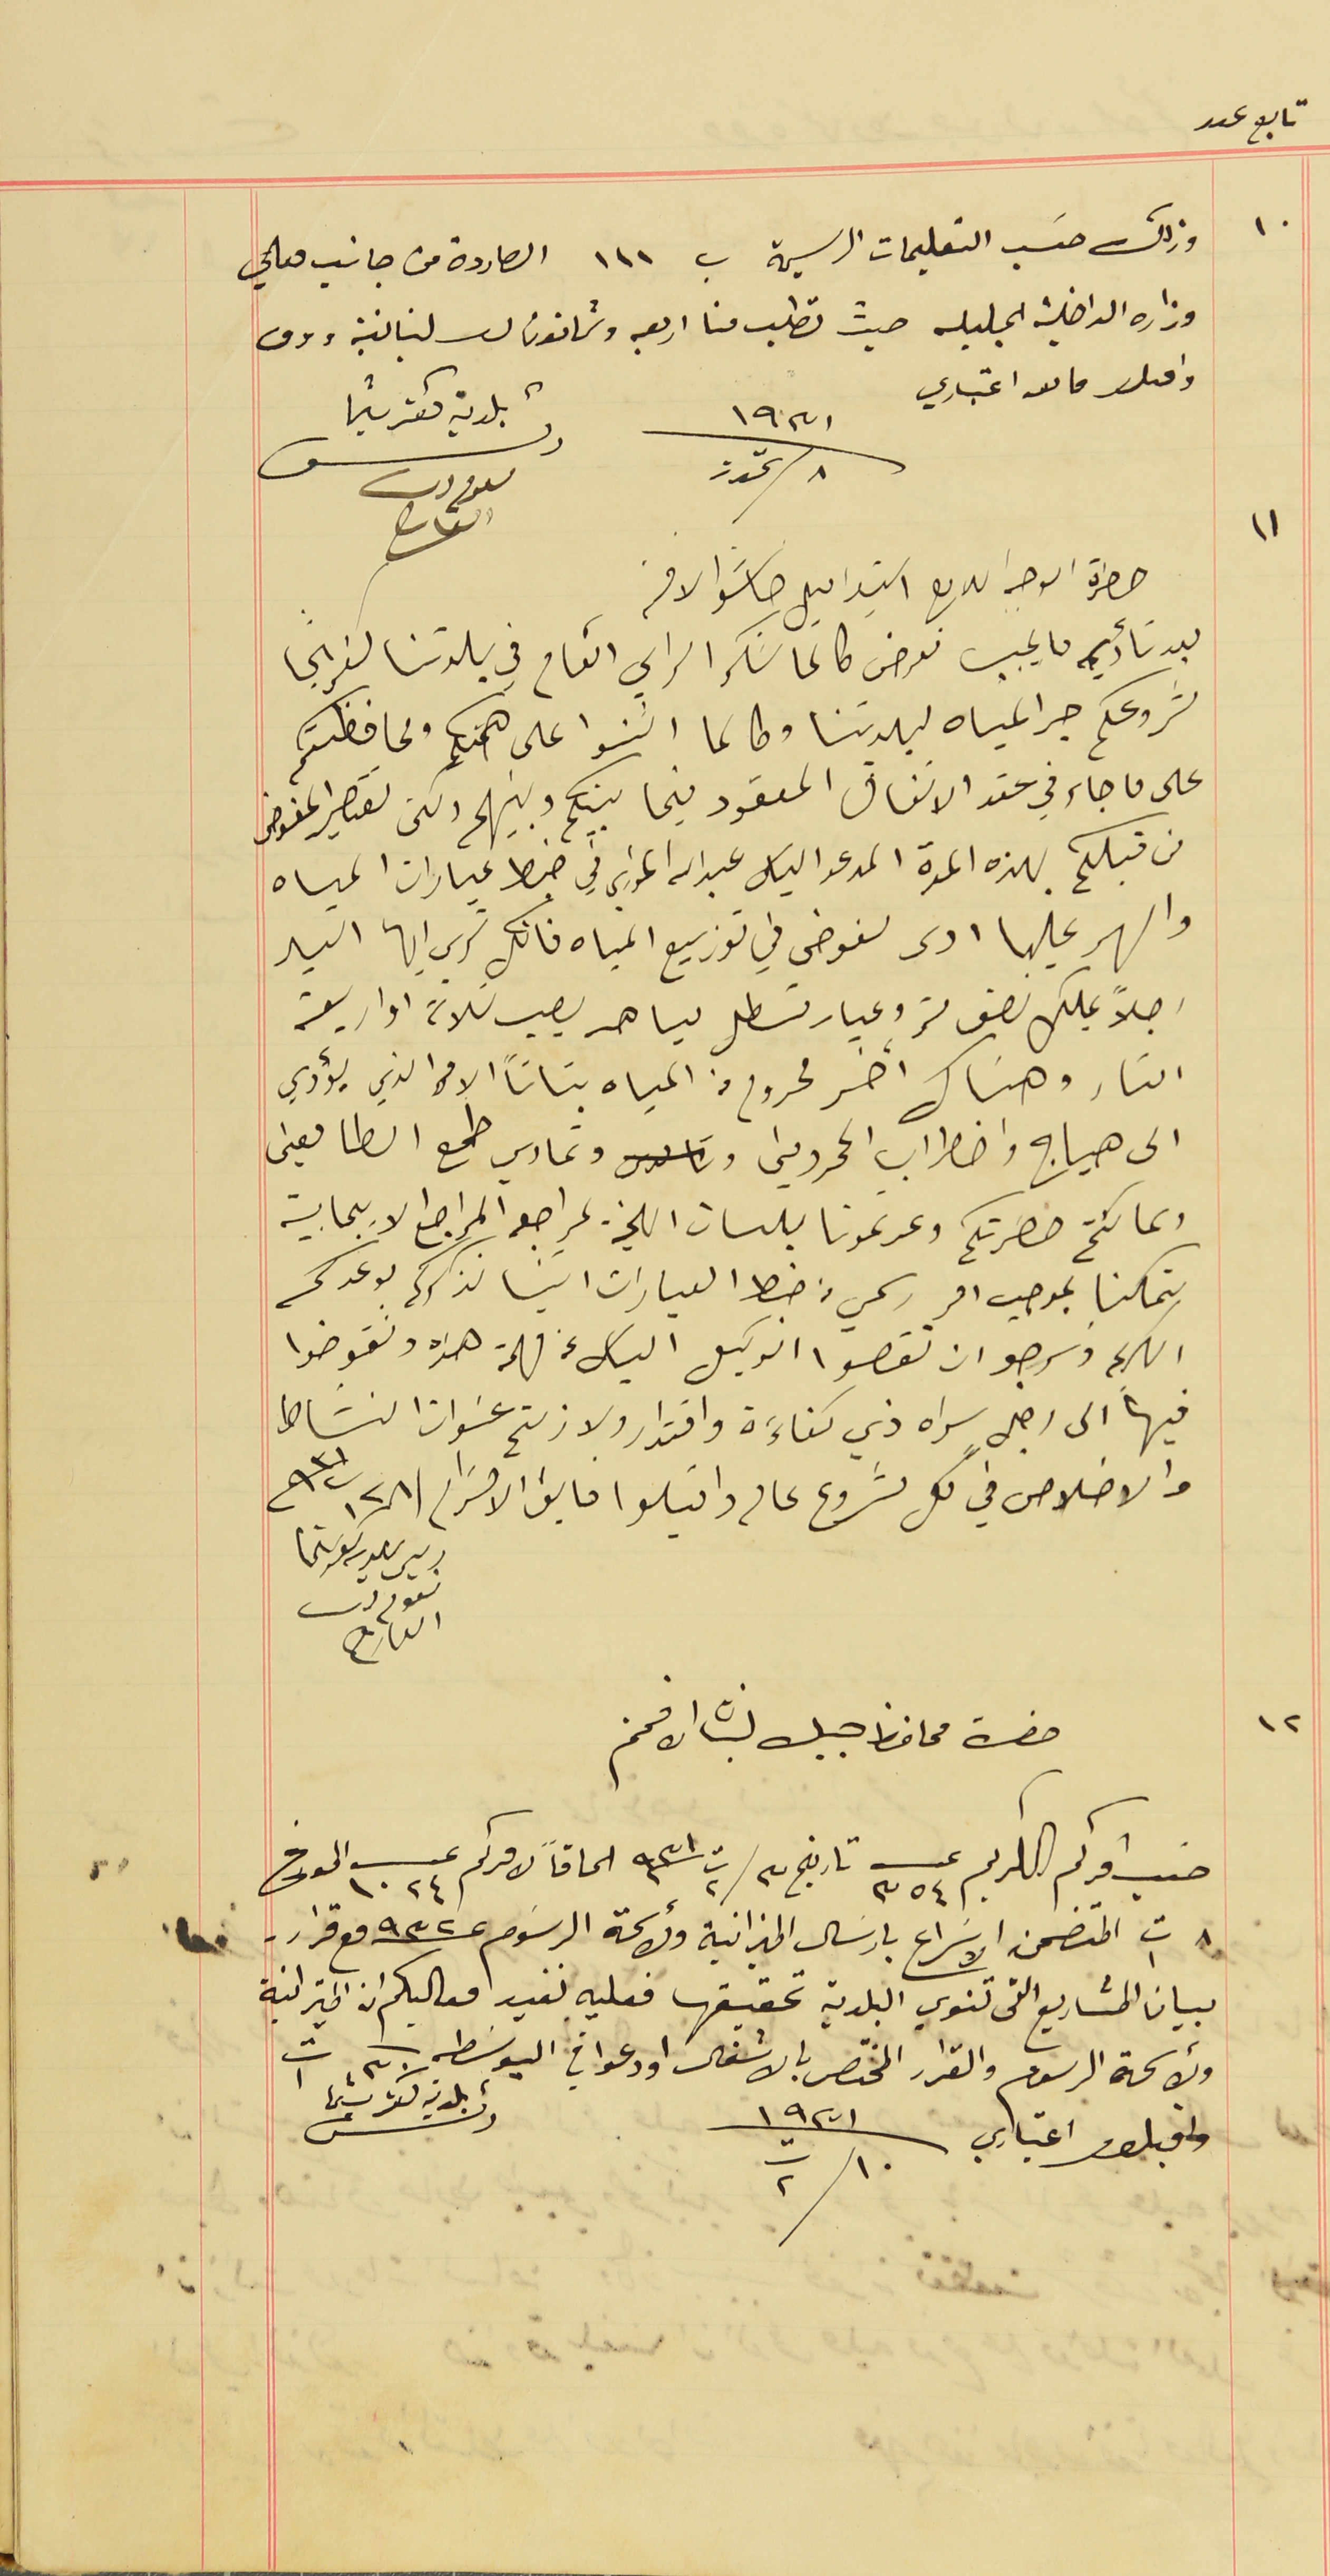
تابع عدد
١٠ وذلك حسَب التعليمات الرسمية ب ١١١ الصادرة من جانب معالي
وزاره الداخلية الجليله حيث تطلب منا اربعه وثمانون لىر لبنانية ورق
واقبلو فاىق اعتباري
٨ تموز   سنة ٩٣١
بلدية كفرشيما رئىس ىعوم دىب القارح
١١
حضرة الوجه اللامع السَيد اميل خاشو الافخم
بعد تأدية ما يجب نعرض طالما شكر الراي العام في بلدتنا كفرشيما
مشروعكم جر المياه لبلدتنا وطالما اثنوا على همتكم ومحافظتكم
على ما جاء في عقد الاتفاق المعقود فيما بينكم وبينهم ولكن تقصير المفوض
من قبلكم بهذه المدة المدعو الياس عبدالله الخوري في ضبط عيارات المياه
والسهر عليها ادى لفوضى في توزيع المياه فانك ترى ايها السيد
رجلاً يملك نصف متر وعيار قسطل مياهه يصير ثلاثة او اربعة
امتار وهناك آخر محروم من المياه بتاتاً الامر الذي يؤدي
الى هياج واضطراب المحرومين وتمادي طمع الطامعين
ولما كنتم حضرتكم وعدتمونا بلسان اللجنة بمراجعه المراجع الايجابية
تمكنا بموجب امر رسمي من ضبط العيارات اتينا نذكركم بوعدكم
الكريم ونرجو ان تقصوا الوكيل الياس عن مهمته هذه وتفوضوا
فيها الى رجل سواه ذي كفاءَة واقتدار ولا زلتم عنوان النشاط
والاخلاص في كل مشروع عالى واقبلوا فايق الاحترام فى ٢٨ اب سنة ٩٣١
ريس ىلديه كفرشيما نعوم دىب العارح
حضرة محافظ جبل لبنان الافخم
حسب امركم الكريم عـ ٣٥٤ تاريخ ٣/ ت٢ سنة ٩٣١ الحاقاً لامركم عد ١٠٢٤ المورخ
٨ ت١ المتضمن الاسَراع بارسَال الميزانية ولائحة الرسَوم عـ ٩٣٢ مع قرار
بيان المشاريع التى تنوي البلدية تحقيقها فعليه نفيد معاليكم ان الميزانية
ولائحة الرسوم والقرار المختص بالاشغال اودعوا في البوسَطه
 واقبلو اعتباري ١٠ ت٢ سنة ١٩٣١
فى ٣٠ ت١ رئىس بلدية كفرشيما
١٢